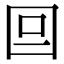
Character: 𡆷